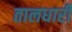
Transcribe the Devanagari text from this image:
तालधारी